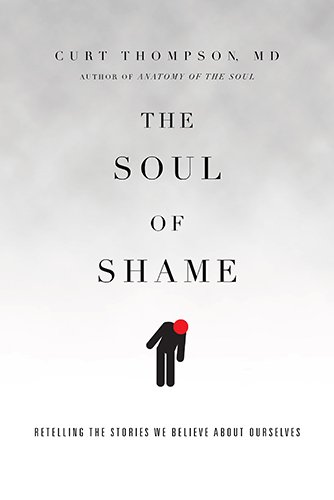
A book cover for The Soul of Shame: Retelling the Stories We Believe About Ourselves; Curt Thompson  MD; Medical Books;